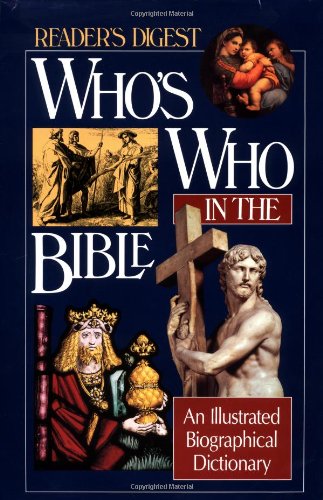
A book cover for Who's Who in the Bible: An Illustrated Biographical Dictionary (Reader's Digest); Reader's Digest Association; Christian Books & Bibles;